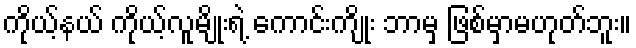
ကိုယ့်နယ် ကိုယ့်လူမျိုးရဲ့ ကောင်းကျိုး ဘာမှ ဖြစ်မှာမဟုတ်ဘူး။